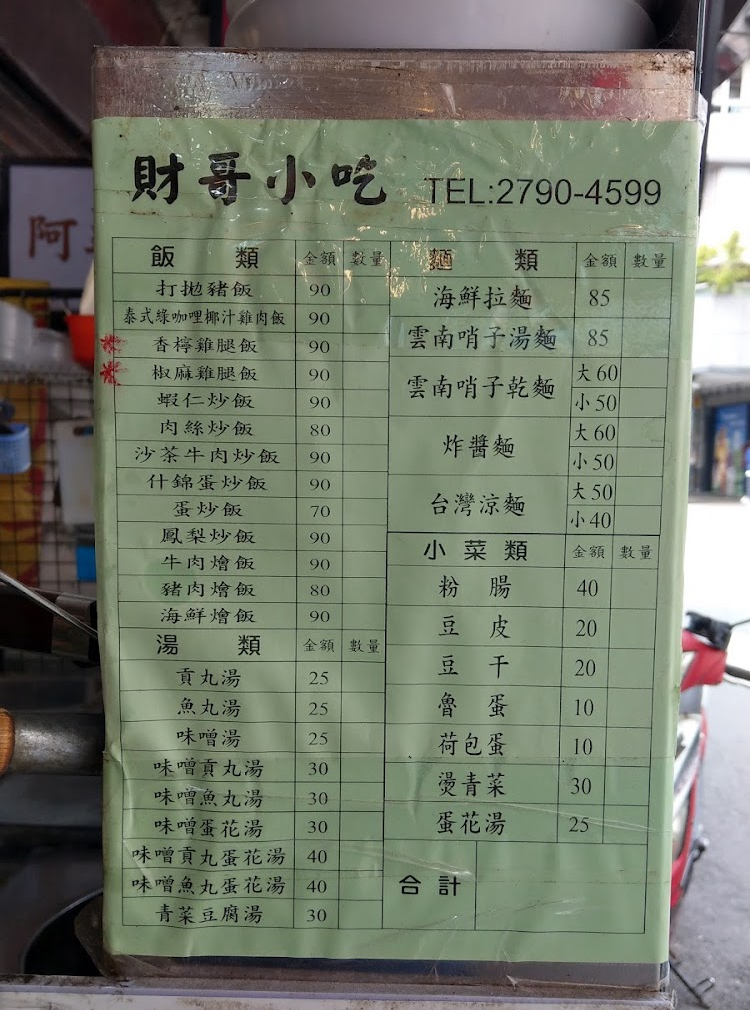
餐廳：財哥小吃
電話：2790-4599
菜單：
name: 打拋豬飯
price: 90
name: 泰式咖哩椰汁雞肉飯
price: 90
name: 香檸雞腿飯
price: 90
name: 椒麻雞腿飯
price: 90
name: 蝦仁炒飯
price: 90
name: 肉絲炒飯
price: 80
name: 沙茶牛肉炒飯
price: 90
name: 什錦蛋炒飯
price: 90
name: 蛋炒飯
price: 70
name: 鳳梨炒飯
price: 90
name: 牛肉燴飯
price: 90
name: 豬肉燴飯
price: 80
name: 海鮮燴飯
price: 90
name: 海鮮拉麵
price: 85
name: 雲南哨子湯麵
price: 85
name: 雲南哨子乾麵大
price: 60
name: 雲南哨子乾麵小
price: 50
name: 炸醬麵大
price: 60
name: 炸醬麵小
price: 50
name: 台灣涼麵大
price: 50
name: 台灣涼麵小
price: 40
name: 粉腸
price: 40
name: 豆皮
price: 20
name: 貢丸湯
price: 25
name: 魚丸湯
price: 25
name: 味噌湯
price: 25
name: 味噌貢丸湯
price: 30
name: 味噌魚丸湯
price: 30
name: 味噌蛋花湯
price: 30
name: 味噌貢丸蛋花湯
price: 40
name: 味噌魚丸蛋花湯
price: 40
name: 青菜豆腐湯
price: 30
name: 燙青菜
price: 30
name: 豆干
price: 20
name: 魯蛋
price: 10
name: 荷包蛋
price: 10